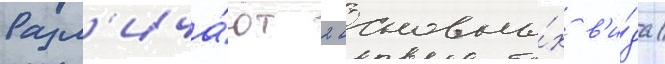
Разл'ича́ют 2 основны́х в'и́да